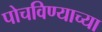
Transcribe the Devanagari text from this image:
पोचविण्याच्या